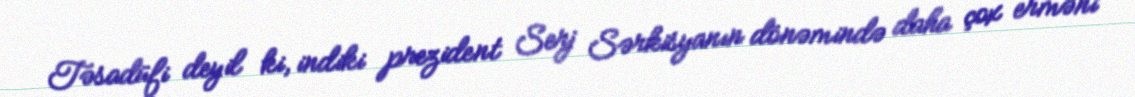
Təsadüfi deyil ki, indiki prezident Serj Sərkisyanın dönəmində daha çox erməni